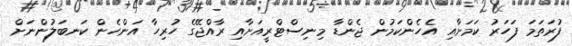
ފުރަތަމަ ފަހަރު ކަމަށާއި އެހެންކަމުން ޖެންޑާ މިނިސްޓްރީއަށާއި ރާއްޖޭގެ ހުރިހާ އަންހެން ކަނބަލުންނަށް